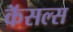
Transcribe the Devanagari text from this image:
कॅसल्स